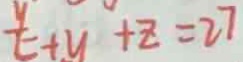
\frac { y } { t } + y + z = 2 7